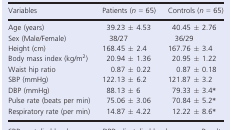
| Variables | Patients (n = 65) | Controls (n = 65) |
 | --- | --- | --- |
 | Age (years) | 39.23 ± 4.53 | 40.45 ± 2.76 |
 | Sex (Male/Female) | 38/27 | 36/29 |
 | Height (cm) | 168.45 ± 2.4 | 167.76 ± 3.4 |
 | Body mass index (kg/m2) | 20.94 ± 1.36 | 20.95 ± 1.22 |
 | Waist hip ratio | 0.87 ± 0.22 | 0.87 ± 0.18 |
 | SBP (mmHg) | 122.13 ± 6.2 | 121.87 ± 3.2 |
 | DBP (mmHg) | 88.13 ± 6 | 79.33 ± 3.4a |
 | Pulse rate (beats per min) | 75.06 ± 3.06 | 70.84 ± 5.2a |
 | Respiratory rate (per min) | 14.87 ± 4.22 | 12.22 ± 8.6a |